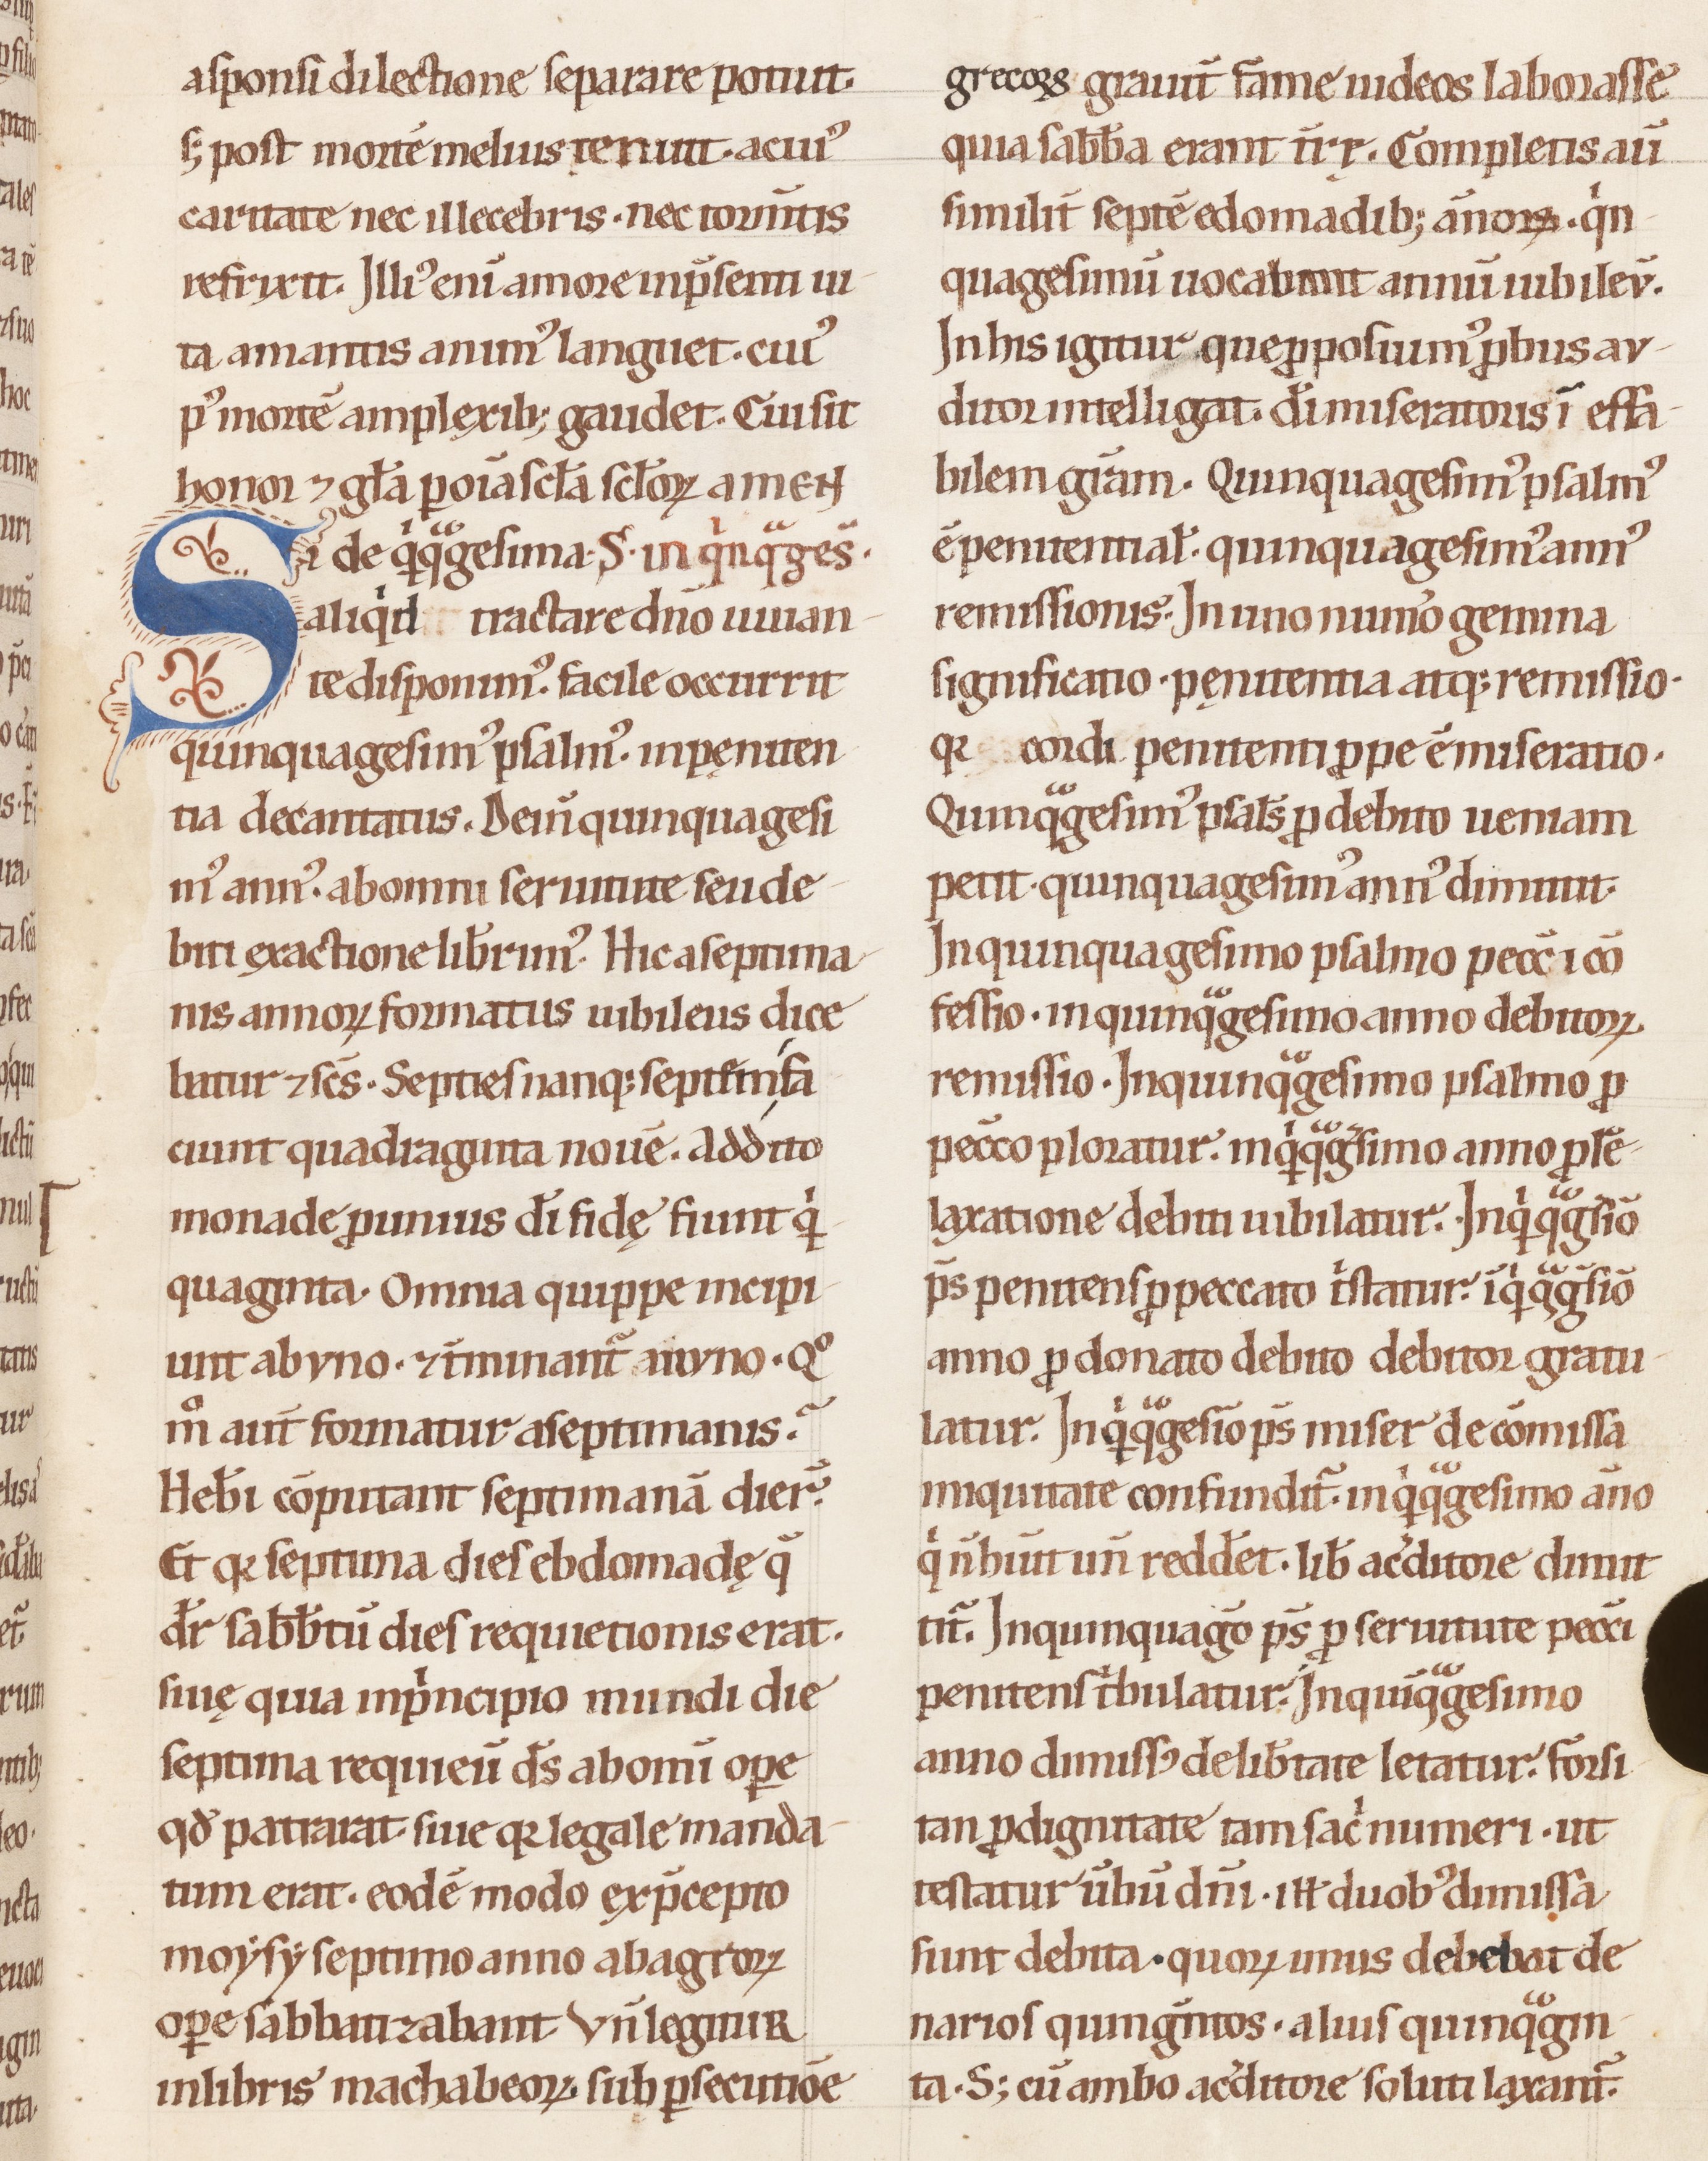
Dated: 1100–1199